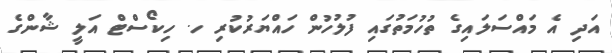
އަދި އެ މައްސަލައިގެ ތުހުމަތުގައި ފުލުހުން ހައްޔަރުކުރި ހ. ހިކޯސްޓް އަލީ ޝާންގެ